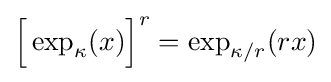
{\Big [}\exp _{\kappa }(x){\Big ]}^{r}=\exp _{\kappa /r}(rx)